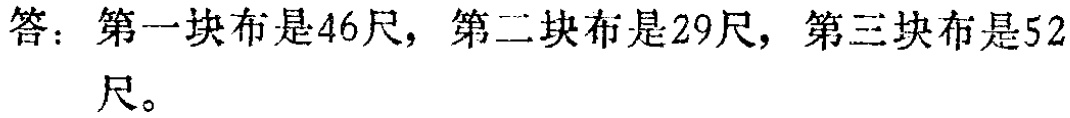
答：第一块布是46尺，第二块布是29尺，第三块布是52尺。